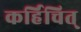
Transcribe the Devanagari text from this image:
कर्हिचित्